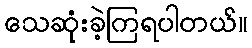
သေဆုံးခဲ့ကြရပါတယ်။